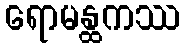
ရောမန္ထကဿ